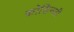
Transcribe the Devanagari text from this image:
कोडिन्जी